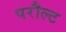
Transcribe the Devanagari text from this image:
परौल्ट